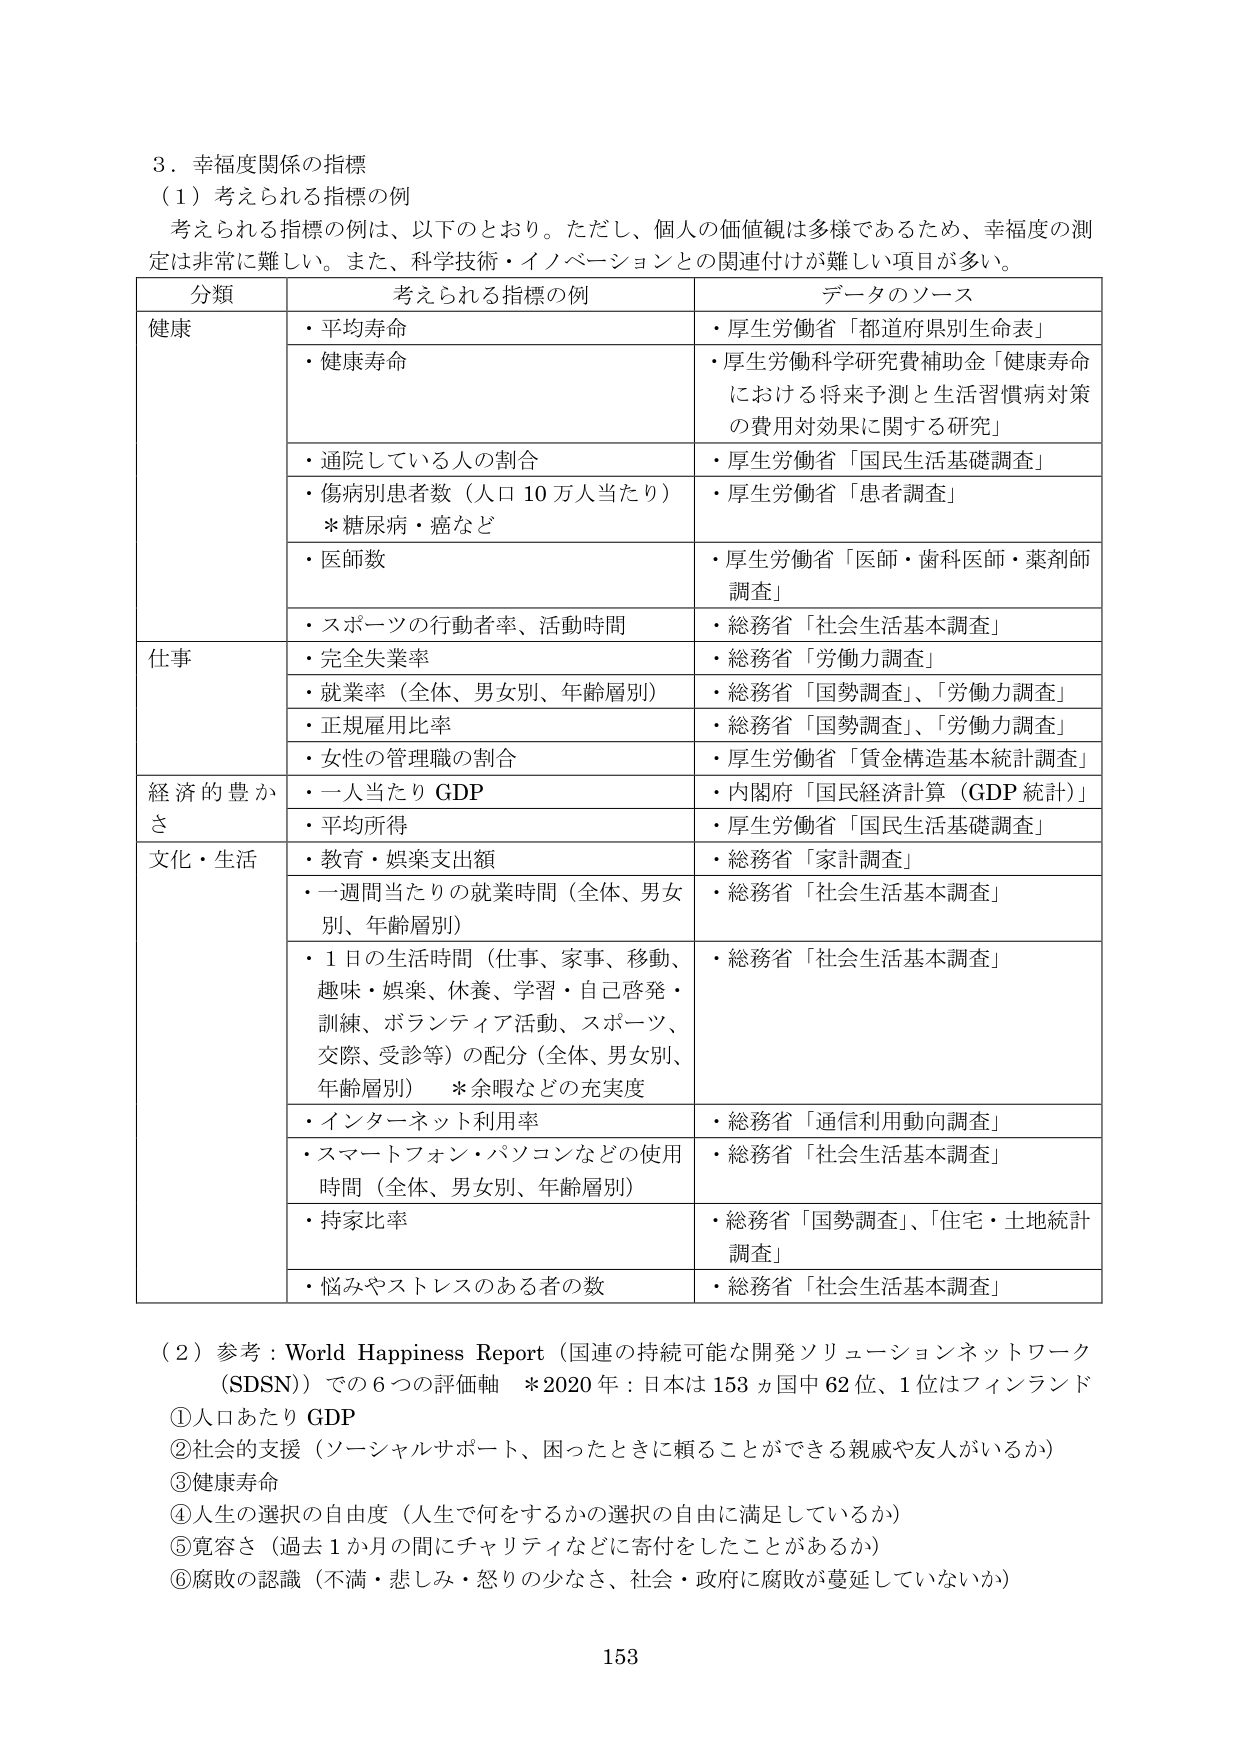
3．幸福度関係の指標
（1）考えられる指標の例
考えられる指標の例は、以下のとおり。ただし、個人の価値観は多様であるため、幸福度の測定は非常に難しい。また、科学技術・イノベーションとの関連付けが難しい項目が多い。

分類　　　　　　　考えられる指標の例　　　　　　　データのソース
健康　　　　　　　・平均寿命　　　　　　　　　　　　・厚生労働省「都道府県別生命表」
　　　　　　　　　・健康寿命　　　　　　　　　　　　・厚生労働科学研究費補助金「健康寿命における将来予測と生活習慣病対策の費用対効果に関する研究」
　　　　　　　　　・通院している人の割合　　　　　　・厚生労働省「国民生活基礎調査」
　　　　　　　　　・傷病別患者数（人口10万人当たり）　・厚生労働省「患者調査」
　　　　　　　　　　＊糖尿病・癌など
　　　　　　　　　・医師数　　　　　　　　　　　　　・厚生労働省「医師・歯科医師・薬剤師調査」
　　　　　　　　　・スポーツの行動者率、活動時間　　・総務省「社会生活基本調査」
仕事　　　　　　　・完全失業率　　　　　　　　　　　・総務省「労働力調査」
　　　　　　　　　・就業率（全体、男女別、年齢層別）　・総務省「国勢調査」、「労働力調査」
　　　　　　　　　・正規雇用比率　　　　　　　　　　・総務省「国勢調査」、「労働力調査」
　　　　　　　　　・女性の管理職の割合　　　　　　　・厚生労働省「賃金構造基本統計調査」
経済的豊かさ　　　・一人当たりGDP　　　　　　　　　・内閣府「国民経済計算（GDP統計）」
　　　　　　　　　・平均所得　　　　　　　　　　　　・厚生労働省「国民生活基礎調査」
文化・生活　　　　・教育・娯楽支出額　　　　　　　　・総務省「家計調査」
　　　　　　　　　・一週間当たりの就業時間（全体、男女別、年齢層別）　・総務省「社会生活基本調査」
　　　　　　　　　・1日の生活時間（仕事、家事、移動、趣味・娯楽、休養、学習・自己啓発・訓練、ボランティア活動、スポーツ、交際、受診等）の配分（全体、男女別、年齢層別）　＊余暇などの充実度　・総務省「社会生活基本調査」
　　　　　　　　　・インターネット利用率　　　　　　・総務省「通信利用動向調査」
　　　　　　　　　・スマートフォン・パソコンなどの使用時間（全体、男女別、年齢層別）　・総務省「社会生活基本調査」
　　　　　　　　　・持家比率　　　　　　　　　　　　・総務省「国勢調査」、「住宅・土地統計調査」
　　　　　　　　　・悩みやストレスのある者の数　　　・総務省「社会生活基本調査」

（2）参考：World Happiness Report（国連の持続可能な開発ソリューションネットワーク（SDSN））での6つの評価軸　＊2020年：日本は153ヵ国中62位、1位はフィンランド
①人口あたりGDP
②社会的支援（ソーシャルサポート、困ったときに頼ることができる親戚や友人がいるか）
③健康寿命
④人生の選択の自由度（人生で何をするかの選択の自由に満足しているか）
⑤寛容さ（過去1か月の間にチャリティなどに寄付をしたことがあるか）
⑥腐敗の認識（不満・悲しみ・怒りの少なさ、社会・政府に腐敗が蔓延していないか）

153